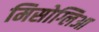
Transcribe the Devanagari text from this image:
मिसोग्लिआ